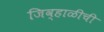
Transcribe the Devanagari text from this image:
जिव्हाळीची